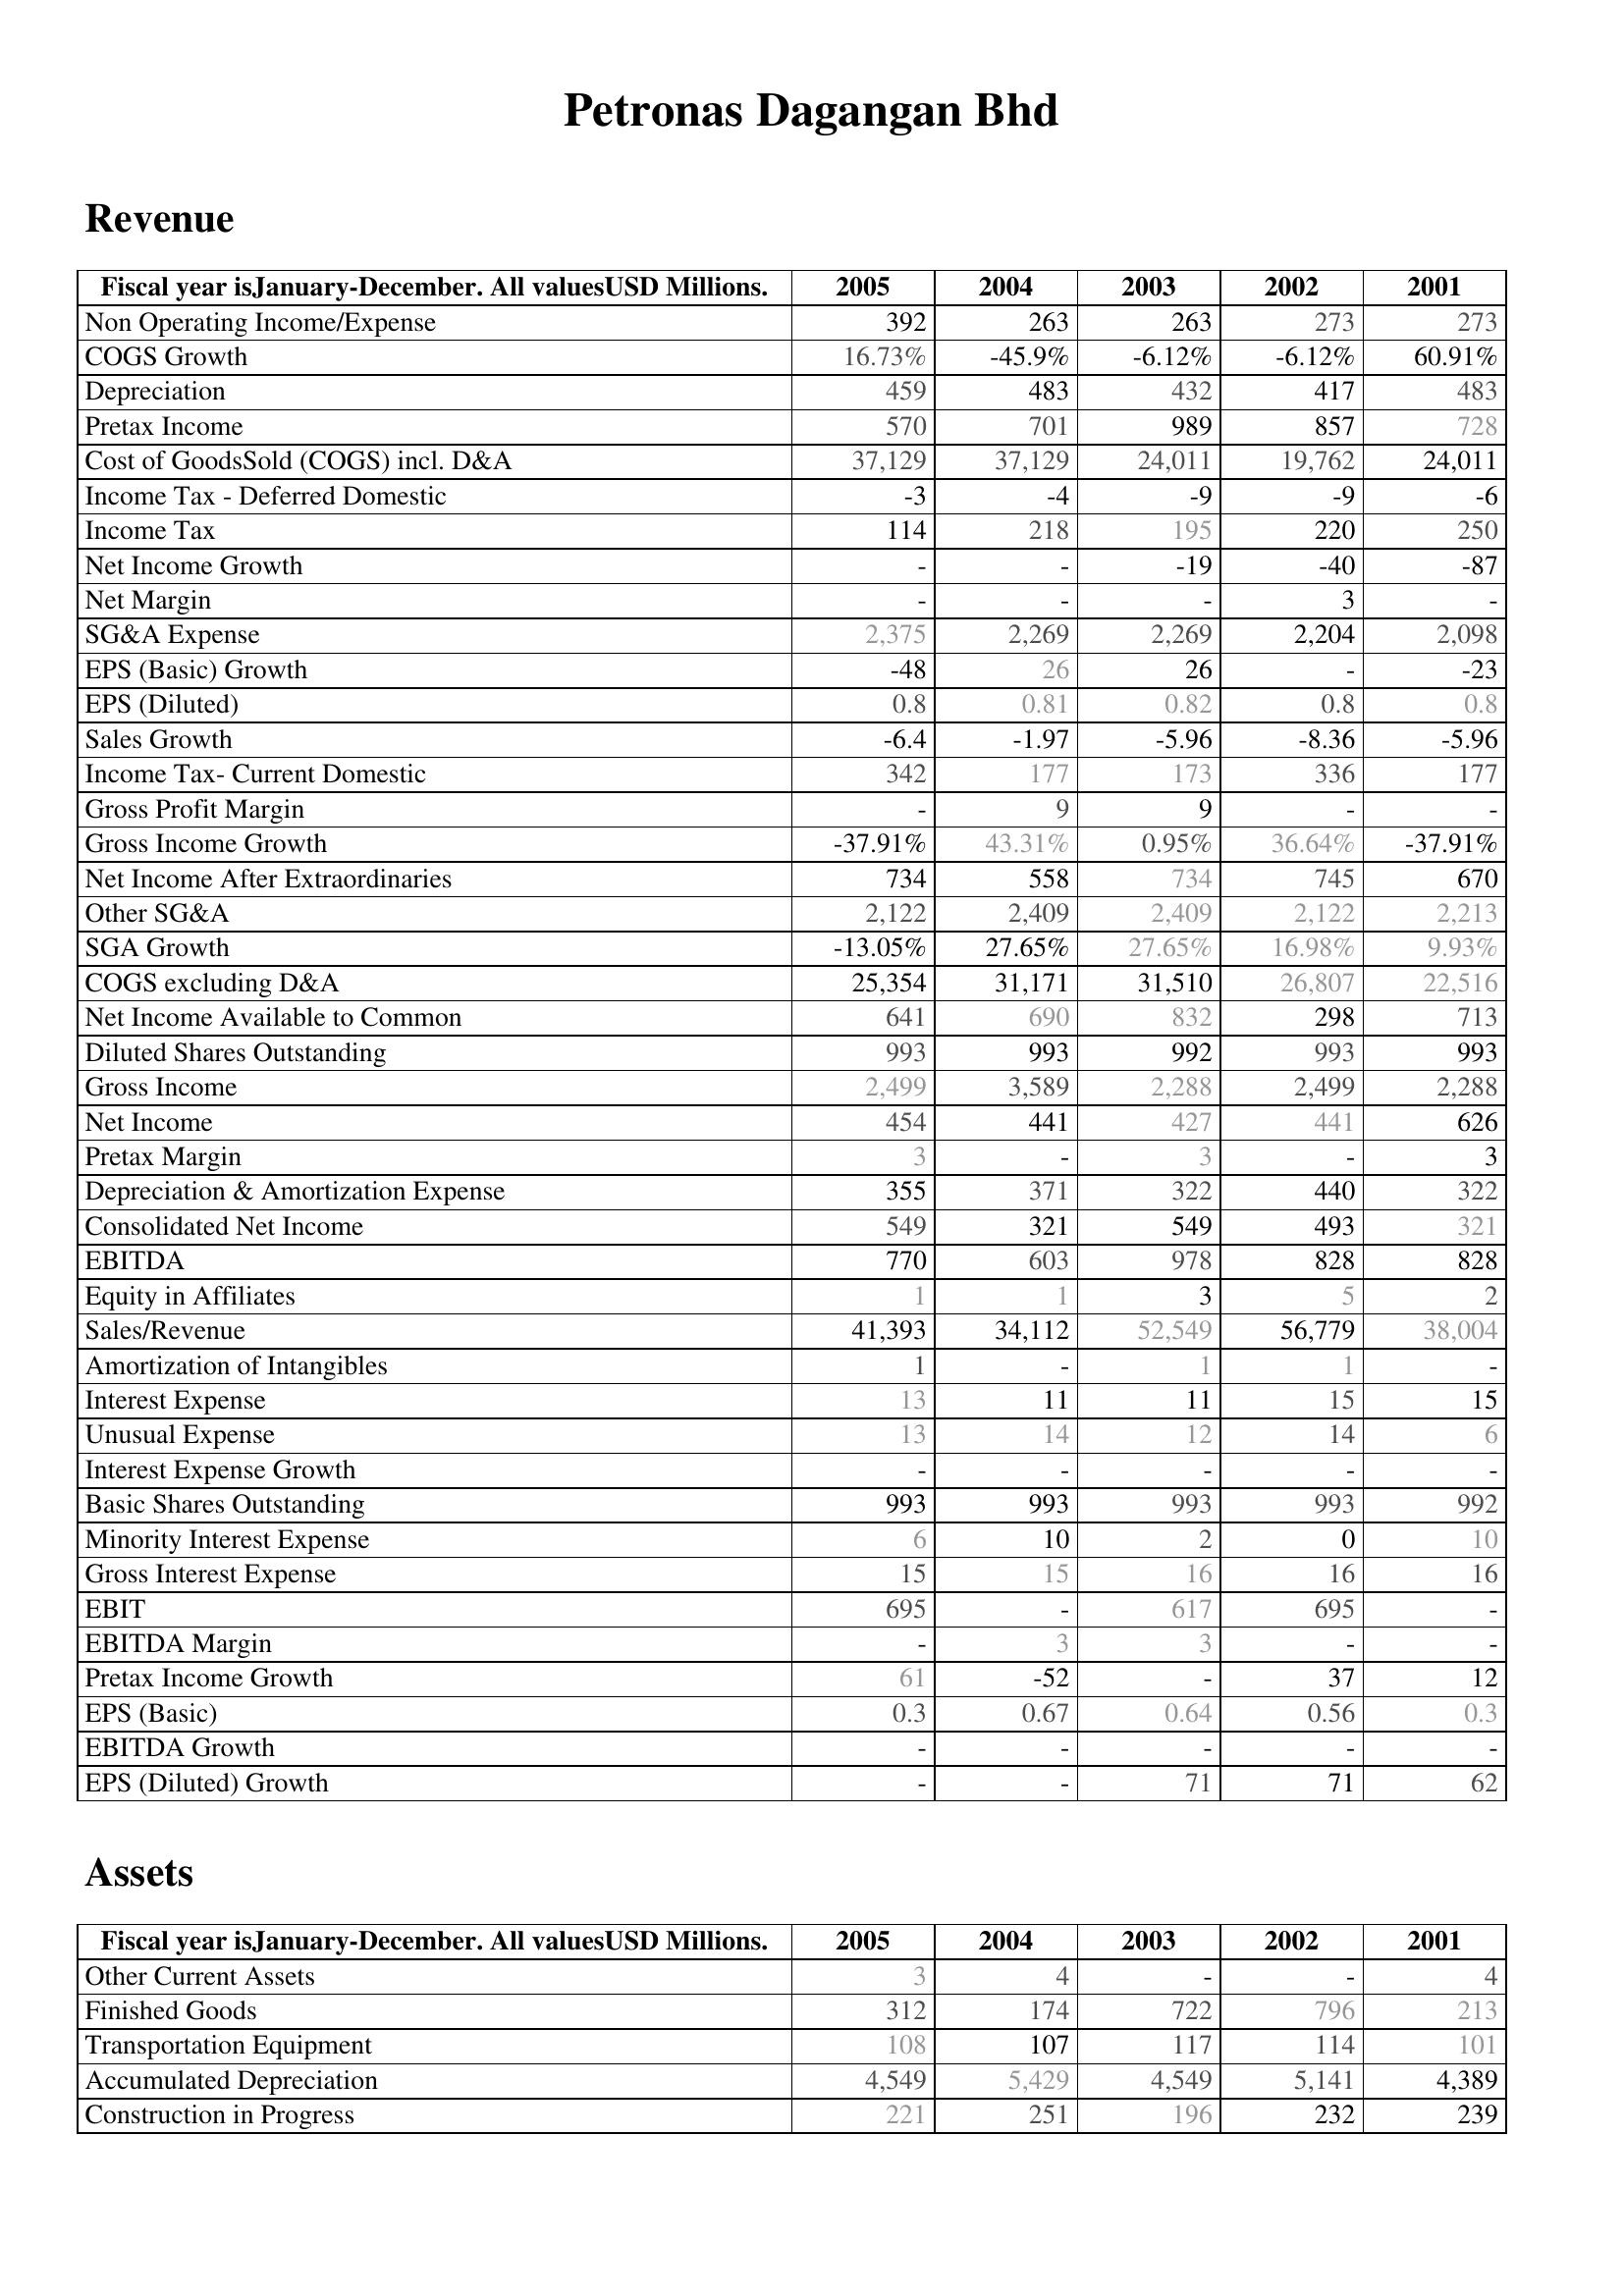
2005: Revenue: Non Operating Income/Expense: 392
COGS Growth: 16.73%
Depreciation: 459
Pretax Income: 570
Cost of GoodsSold (COGS) incl. D&A: 37,129
Income Tax - Deferred Domestic: -3
Income Tax: 114
Net Income Growth: -
Net Margin: -
SG&A Expense: 2,375
EPS (Basic) Growth: -48
EPS (Diluted): 0.8
Sales Growth: -6.4
Income Tax- Current Domestic: 342
Gross Profit Margin: -
Gross Income Growth: -37.91%
Net Income After Extraordinaries: 734
Other SG&A: 2,122
SGA Growth: -13.05%
COGS excluding D&A: 25,354
Net Income Available to Common: 641
Diluted Shares Outstanding: 993
Gross Income: 2,499
Net Income: 454
Pretax Margin: 3
Depreciation & Amortization Expense: 355
Consolidated Net Income: 549
EBITDA: 770
Equity in Affiliates: 1
Sales/Revenue: 41,393
Amortization of Intangibles: 1
Interest Expense: 13
Unusual Expense: 13
Interest Expense Growth: -
Basic Shares Outstanding: 993
Minority Interest Expense: 6
Gross Interest Expense: 15
EBIT: 695
EBITDA Margin: -
Pretax Income Growth: 61
EPS (Basic): 0.3
EBITDA Growth: -
EPS (Diluted) Growth: -
Assets: Other Current Assets: 3
Finished Goods: 312
Transportation Equipment: 108
Accumulated Depreciation: 4,549
Construction in Progress: 221
2004: Revenue: Non Operating Income/Expense: 263
COGS Growth: -45.9%
Depreciation: 483
Pretax Income: 701
Cost of GoodsSold (COGS) incl. D&A: 37,129
Income Tax - Deferred Domestic: -4
Income Tax: 218
Net Income Growth: -
Net Margin: -
SG&A Expense: 2,269
EPS (Basic) Growth: 26
EPS (Diluted): 0.81
Sales Growth: -1.97
Income Tax- Current Domestic: 177
Gross Profit Margin: 9
Gross Income Growth: 43.31%
Net Income After Extraordinaries: 558
Other SG&A: 2,409
SGA Growth: 27.65%
COGS excluding D&A: 31,171
Net Income Available to Common: 690
Diluted Shares Outstanding: 993
Gross Income: 3,589
Net Income: 441
Pretax Margin: -
Depreciation & Amortization Expense: 371
Consolidated Net Income: 321
EBITDA: 603
Equity in Affiliates: 1
Sales/Revenue: 34,112
Amortization of Intangibles: -
Interest Expense: 11
Unusual Expense: 14
Interest Expense Growth: -
Basic Shares Outstanding: 993
Minority Interest Expense: 10
Gross Interest Expense: 15
EBIT: -
EBITDA Margin: 3
Pretax Income Growth: -52
EPS (Basic): 0.67
EBITDA Growth: -
EPS (Diluted) Growth: -
Assets: Other Current Assets: 4
Finished Goods: 174
Transportation Equipment: 107
Accumulated Depreciation: 5,429
Construction in Progress: 251
2003: Revenue: Non Operating Income/Expense: 263
COGS Growth: -6.12%
Depreciation: 432
Pretax Income: 989
Cost of GoodsSold (COGS) incl. D&A: 24,011
Income Tax - Deferred Domestic: -9
Income Tax: 195
Net Income Growth: -19
Net Margin: -
SG&A Expense: 2,269
EPS (Basic) Growth: 26
EPS (Diluted): 0.82
Sales Growth: -5.96
Income Tax- Current Domestic: 173
Gross Profit Margin: 9
Gross Income Growth: 0.95%
Net Income After Extraordinaries: 734
Other SG&A: 2,409
SGA Growth: 27.65%
COGS excluding D&A: 31,510
Net Income Available to Common: 832
Diluted Shares Outstanding: 992
Gross Income: 2,288
Net Income: 427
Pretax Margin: 3
Depreciation & Amortization Expense: 322
Consolidated Net Income: 549
EBITDA: 978
Equity in Affiliates: 3
Sales/Revenue: 52,549
Amortization of Intangibles: 1
Interest Expense: 11
Unusual Expense: 12
Interest Expense Growth: -
Basic Shares Outstanding: 993
Minority Interest Expense: 2
Gross Interest Expense: 16
EBIT: 617
EBITDA Margin: 3
Pretax Income Growth: -
EPS (Basic): 0.64
EBITDA Growth: -
EPS (Diluted) Growth: 71
Assets: Other Current Assets: -
Finished Goods: 722
Transportation Equipment: 117
Accumulated Depreciation: 4,549
Construction in Progress: 196
2002: Revenue: Non Operating Income/Expense: 273
COGS Growth: -6.12%
Depreciation: 417
Pretax Income: 857
Cost of GoodsSold (COGS) incl. D&A: 19,762
Income Tax - Deferred Domestic: -9
Income Tax: 220
Net Income Growth: -40
Net Margin: 3
SG&A Expense: 2,204
EPS (Basic) Growth: -
EPS (Diluted): 0.8
Sales Growth: -8.36
Income Tax- Current Domestic: 336
Gross Profit Margin: -
Gross Income Growth: 36.64%
Net Income After Extraordinaries: 745
Other SG&A: 2,122
SGA Growth: 16.98%
COGS excluding D&A: 26,807
Net Income Available to Common: 298
Diluted Shares Outstanding: 993
Gross Income: 2,499
Net Income: 441
Pretax Margin: -
Depreciation & Amortization Expense: 440
Consolidated Net Income: 493
EBITDA: 828
Equity in Affiliates: 5
Sales/Revenue: 56,779
Amortization of Intangibles: 1
Interest Expense: 15
Unusual Expense: 14
Interest Expense Growth: -
Basic Shares Outstanding: 993
Minority Interest Expense: 0
Gross Interest Expense: 16
EBIT: 695
EBITDA Margin: -
Pretax Income Growth: 37
EPS (Basic): 0.56
EBITDA Growth: -
EPS (Diluted) Growth: 71
Assets: Other Current Assets: -
Finished Goods: 796
Transportation Equipment: 114
Accumulated Depreciation: 5,141
Construction in Progress: 232
2001: Revenue: Non Operating Income/Expense: 273
COGS Growth: 60.91%
Depreciation: 483
Pretax Income: 728
Cost of GoodsSold (COGS) incl. D&A: 24,011
Income Tax - Deferred Domestic: -6
Income Tax: 250
Net Income Growth: -87
Net Margin: -
SG&A Expense: 2,098
EPS (Basic) Growth: -23
EPS (Diluted): 0.8
Sales Growth: -5.96
Income Tax- Current Domestic: 177
Gross Profit Margin: -
Gross Income Growth: -37.91%
Net Income After Extraordinaries: 670
Other SG&A: 2,213
SGA Growth: 9.93%
COGS excluding D&A: 22,516
Net Income Available to Common: 713
Diluted Shares Outstanding: 993
Gross Income: 2,288
Net Income: 626
Pretax Margin: 3
Depreciation & Amortization Expense: 322
Consolidated Net Income: 321
EBITDA: 828
Equity in Affiliates: 2
Sales/Revenue: 38,004
Amortization of Intangibles: -
Interest Expense: 15
Unusual Expense: 6
Interest Expense Growth: -
Basic Shares Outstanding: 992
Minority Interest Expense: 10
Gross Interest Expense: 16
EBIT: -
EBITDA Margin: -
Pretax Income Growth: 12
EPS (Basic): 0.3
EBITDA Growth: -
EPS (Diluted) Growth: 62
Assets: Other Current Assets: 4
Finished Goods: 213
Transportation Equipment: 101
Accumulated Depreciation: 4,389
Construction in Progress: 239